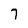
Character: 7